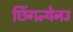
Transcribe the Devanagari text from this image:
छिंगन्येनउ